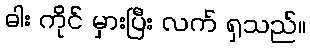
ဓါး ကိုင် မှားပြီး လက် ရှသည်။